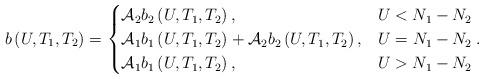
LaTeX: \begin{align*}b\left(U,T_{1},T_{2}\right)=\begin{cases}\mathcal A_2b_{2}\left(U,T_{1},T_{2}\right), & U<N_{1}-N_{2}\\\mathcal A_1 b_{1}\left(U,T_{1},T_{2}\right)+ \mathcal A_2 b_{2}\left(U,T_{1},T_{2}\right), &U=N_{1}-N_{2}\\\mathcal A_1 b_{1}\left(U,T_{1},T_{2}\right), & U>N_{1}-N_{2}\end{cases}.\end{align*}